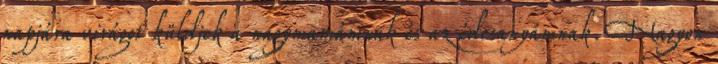
napjára virágot küldjek a nagymamámnak és az édesanyámnak. Nagyon